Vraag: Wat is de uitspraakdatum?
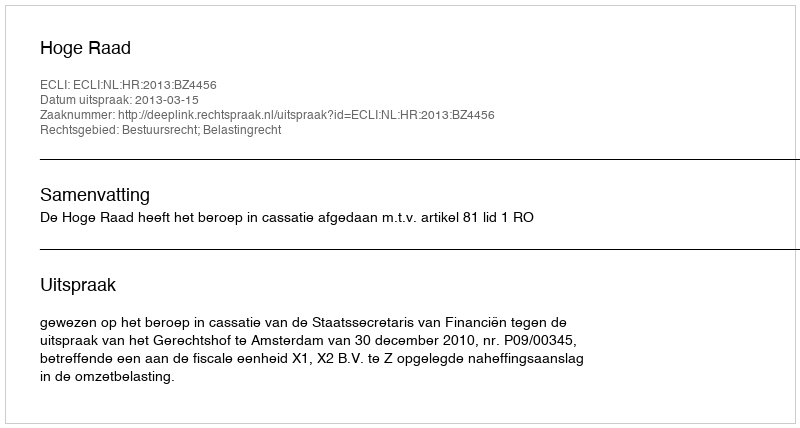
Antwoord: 2013-03-15